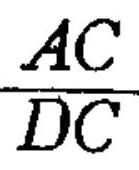
$\dfrac{AC}{DC}$